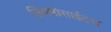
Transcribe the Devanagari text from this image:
लिफ्मोसाईट्स